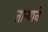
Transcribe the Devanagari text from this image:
तार्‍याने